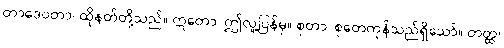
တာဒေဝတာ၊ ထိုနတ်တို့သည်။ ဣတော၊ ဤလူ့ပြန်မှ။ စုတာ၊ စုတေကုန်သည်ရှိသော်။ တတ္ထ၊